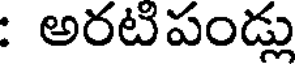
: అరటిపండ్లు